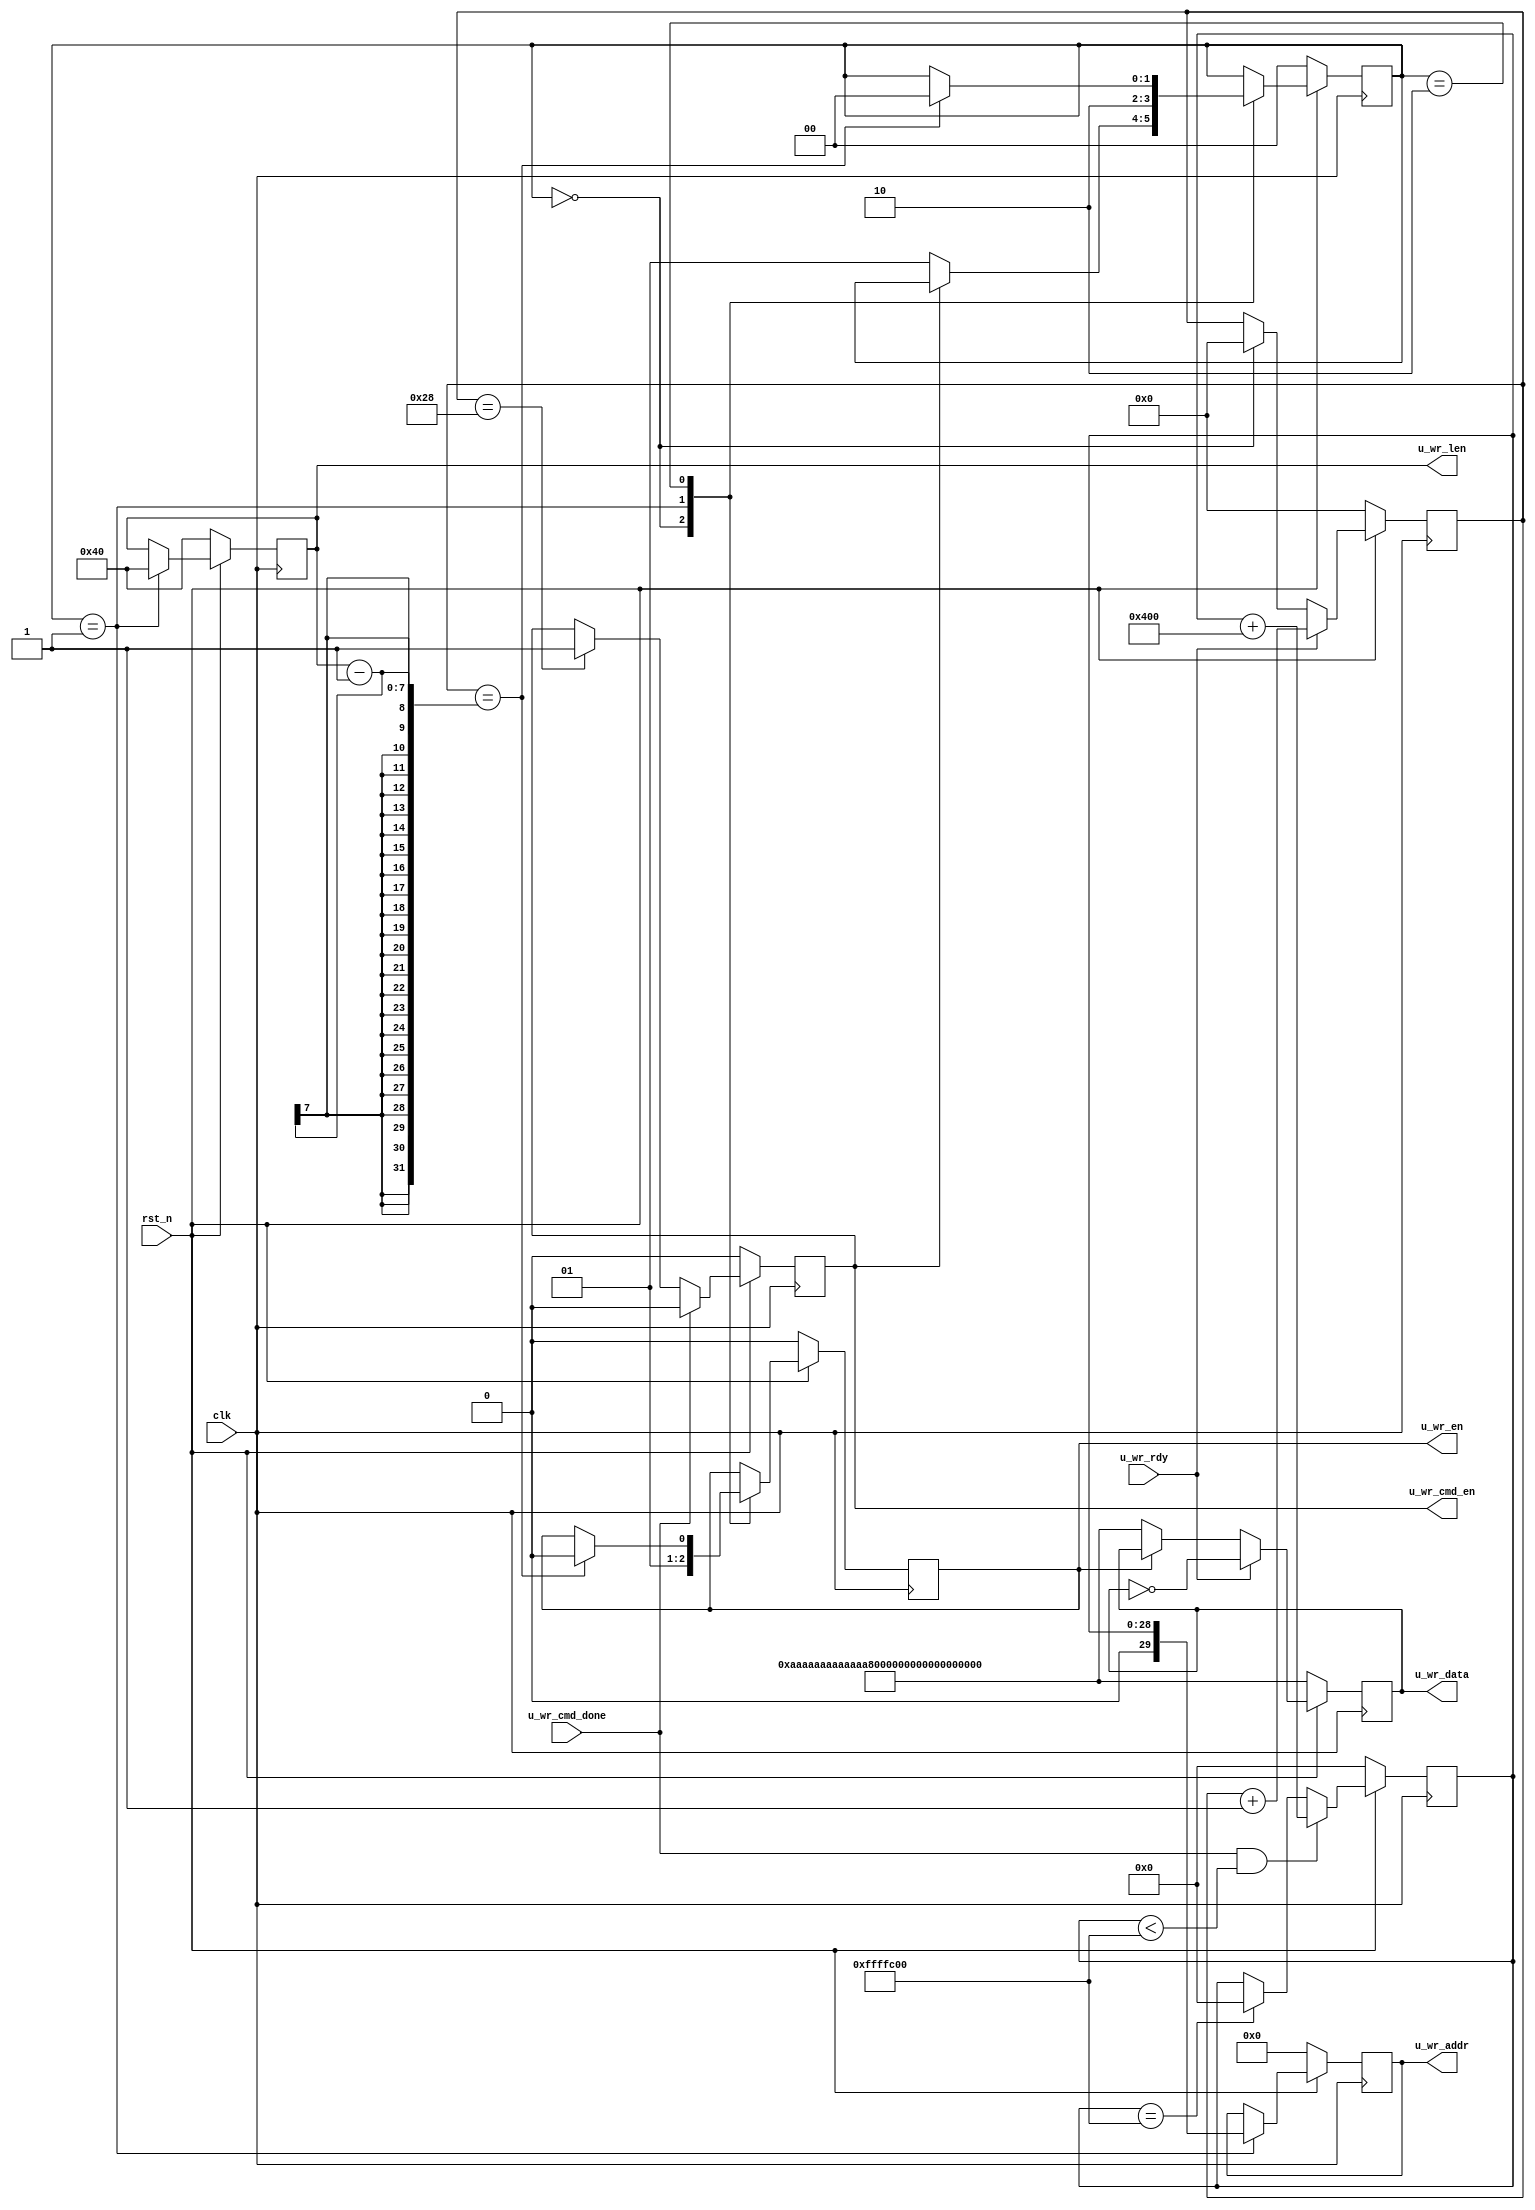
module u_mcb_write(
input clk,		
input rst_n,
input u_wr_cmd_done,				//user write cmd done
input u_wr_rdy,					//user write ready,data can be written in in to mcb

output reg u_wr_cmd_en,			//user write cmb cmd enable
output reg u_wr_en,				//user write enable
output reg [127:0]u_wr_data,	//user write data
output reg [29:0]u_wr_addr,	//user write address
output reg [6 :0]u_wr_len 		// user data len
    );
(*KEEP = "TRUE" *)  wire [1:0] u_wr_s_r; 
(*KEEP = "TRUE" *)wire [2:0] u_wr_en_dly1;

parameter WR_IDLE  = 2'd0;
parameter WR_BEGIN = 2'd1;
parameter WR_WAIT  = 2'd2;

assign u_wr_s_r = u_wr_s;

reg [6 :0]u_wr_cnt; // user write counter
reg [1 :0]u_wr_s;   // user write state


//when mcb write fifo more than 2 data enable write data mcb
//д
always @(posedge clk)
	if(~rst_n)
	begin
		u_wr_cmd_en <= 1'b0;
	end
	else begin
		if(u_wr_cmd_done) u_wr_cmd_en <= 1'b0; 		// clear mcb user write enable signal 
		else if(u_wr_cnt==40) u_wr_cmd_en <= 1'b1; 	// enable user mcb user cmd signal
	end

//дݲ
always @(posedge clk)
	if(~rst_n)
	begin
		u_wr_data<=128'hAA_AA_AA_AA_AA_AA_AA_AA_AA_AA_AA_AA_AA_AA_AA_AA;
	end
	else begin
		if(u_wr_rdy) 							// mcb fifo is valid	 
			u_wr_data <= ~u_wr_data; 		// count up data write to mcb fifo
		else if(~u_wr_en)
			u_wr_data<=128'hAA_AA_AA_AA_AA_AA_AA_AA_AA_AA_AA_AA_AA_AA_AA_AA;
	end

//дݼ
always @(posedge clk)
	if(~rst_n)
	begin
		u_wr_cnt<=0;
	end
	else begin
		if(u_wr_rdy) 								// mcb fifo is valid	 
			u_wr_cnt <= u_wr_cnt + 1'b1; 	// count up data write to mcb fifo
		else if(u_wr_s==WR_IDLE)
			u_wr_cnt <= 7'd0;
	end

reg [28:0] u_wr_addr_set;
//д״̬
always @(posedge clk)
	if(~rst_n)
	begin
		u_wr_len 	<= 7'd64; 	// user write len
		u_wr_addr 	<= 29'd0; 	// user write address
		u_wr_en 		<= 1'b0;  	// user write enable
		u_wr_s		<=	WR_IDLE;
	end
	else 
	begin
		case(u_wr_s)
			WR_IDLE:
			begin
				u_wr_en 		<= 1'b0;
				if(u_wr_cmd_en==1'b0) // start new write 
				u_wr_s		<=	WR_BEGIN;
			end
				
			WR_BEGIN:
			begin
				u_wr_len 	<= 7'd64;
				u_wr_addr 	<= u_wr_addr_set;
				u_wr_en 		<= 1'b1;
				u_wr_s		<=	WR_WAIT;
			end
			WR_WAIT:
				if(u_wr_cnt==(u_wr_len-1))
				begin
					u_wr_s 		<= WR_IDLE;
					u_wr_en 		<= 1'b0;
				end
		endcase
	end

//////////////////////////////////////////////////////////////////////////////////
//Testing address generator
//////////////////////////////////////////////////////////////////////////////////
parameter ADDR_INC = 12'h400;
parameter END_ADDR = 29'h10000000 - ADDR_INC;
always @(posedge clk)
	if(~rst_n)
		begin
			u_wr_addr_set<=29'b0;
		end
	else 
		begin
			if(u_wr_cmd_done&&(u_wr_addr_set<END_ADDR))	
				u_wr_addr_set<=u_wr_addr_set+ADDR_INC;
			else if(u_wr_addr_set==END_ADDR)
				u_wr_addr_set<=0;
		end
endmodule